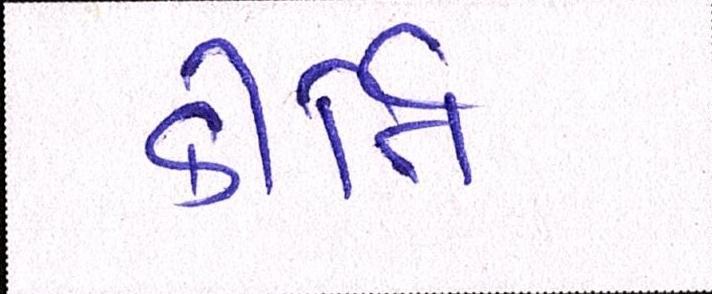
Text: કીર્તિ